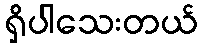
ရှိပါသေးတယ်